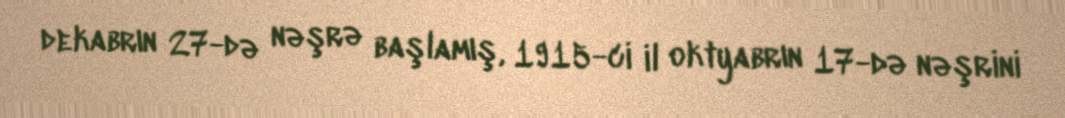
dekabrın 27-də nəşrə başlamış, 1915-ci il oktyabrın 17-də nəşrini